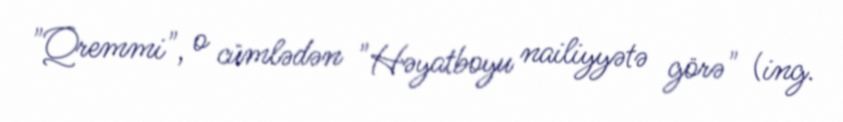
"Qremmi", o cümlədən "Həyatboyu nailiyyətə görə" (ing.